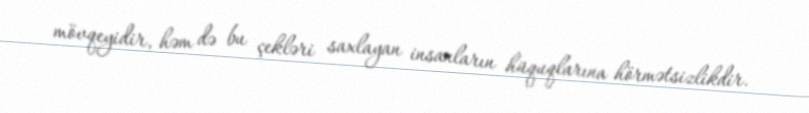
mövqeyidir, həm də bu çekləri saxlayan insanların hüquqlarına hörmətsizlikdir.